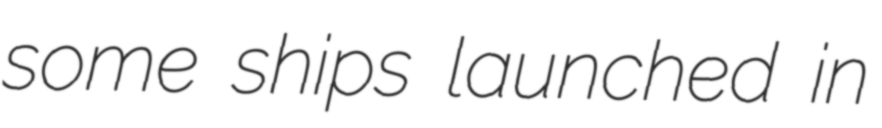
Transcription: some ships launched in